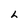
Character: h